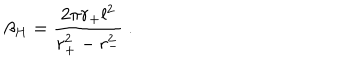
LaTeX: \beta _ { H } = \frac { 2 \pi r _ { + } l ^ { 2 } } { r _ { + } ^ { 2 } - r _ { - } ^ { 2 } } ~ .